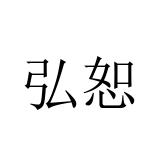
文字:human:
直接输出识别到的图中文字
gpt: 弘恕